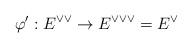
LaTeX: \begin{align*}\varphi^{\prime}:E^{\vee\vee}\rightarrow E^{\vee\vee\vee}=E^{\vee}\end{align*}